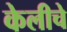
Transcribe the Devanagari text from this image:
केलीचे